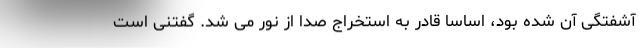
آشفتگی آن شده بود، اساسا قادر به استخراج صدا از نور می شد. گفتنی است